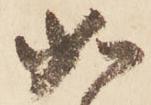
如